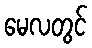
မေလတွင်